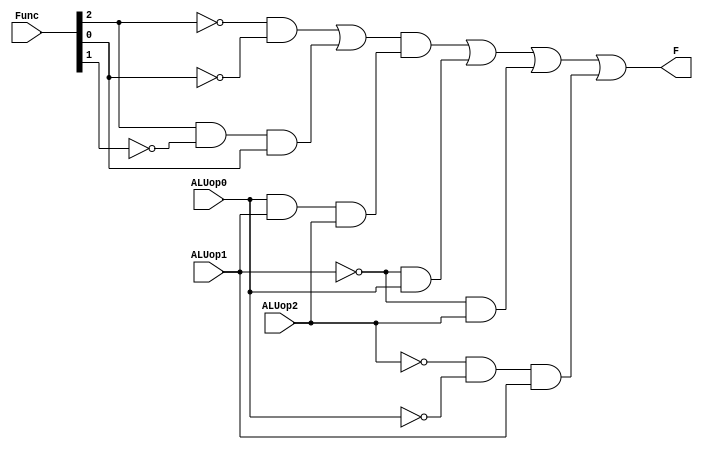
module Alu_Control_C1 (ALUop2,ALUop1,ALUop0,Func,F);
input ALUop2,ALUop1,ALUop0;
input [2:0]Func;
output F;
wire [8:0]x;
wire [2:0] inversef;
wire [2:0] inversea;

and q1(x[0],ALUop0,ALUop1,ALUop2);

not q2(inversef[0],Func[0]);
not q3(inversef[1],Func[1]);
not q4(inversef[2],Func[2]);

and q5(x[1],inversef[2],inversef[0]);
and q6(x[2],Func[2],inversef[1],Func[0]);

or q7(x[3],x[1],x[2]);
and q8(x[4],x[3],x[0]);

not q9(inversea[0],ALUop0);
not q10(inversea[1],ALUop1);
not q11(inversea[2],ALUop2);

and q12(x[5],inversea[1],ALUop0);
and q13(x[6],inversea[1],ALUop2);
and q14(x[7],inversea[2],inversea[0],ALUop1);

or q15(F,x[4],x[5],x[6],x[7]);

endmodule